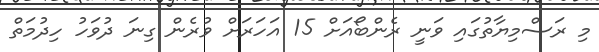
މި ރަސްމިޔާތުގައި ވަނީ ރެންބޯއަށް 15 އަހަރަށް ވުރެން ގިނަ ދުވަހު ހިދުމަތް